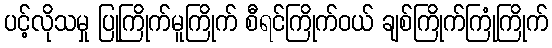
ပင့်လိုသမှု ပြုကြိုက်မူကြိုက် စီရင်ကြိုက်ဝယ် ချစ်ကြိုက်ကြုံကြိုက်